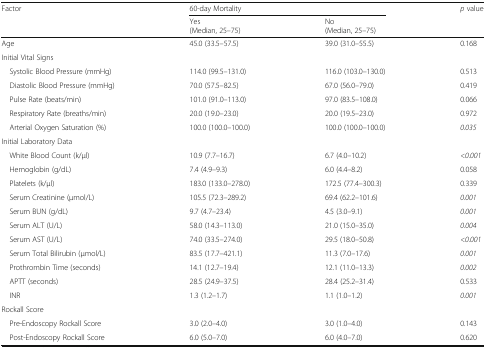
<table><thead><tr><td rowspan="2"><b>Factor</b></td><td colspan="2"><b>60-day Mortality</b></td><td rowspan="2"><b><i>p</i> value</b></td></tr><tr><td><b>Yes(Median, 25–75)</b></td><td><b>No(Median, 25–75)</b></td></tr></thead><tbody><tr><td>Age</td><td>45.0 (33.5–57.5)</td><td>39.0 (31.0–55.5)</td><td>0.168</td></tr><tr><td colspan="4">Initial Vital Signs</td></tr><tr><td> Systolic Blood Pressure (mmHg)</td><td>114.0 (99.5–131.0)</td><td>116.0 (103.0–130.0)</td><td>0.513</td></tr><tr><td> Diastolic Blood Pressure (mmHg)</td><td>70.0 (57.5–82.5)</td><td>67.0 (56.0–79.0)</td><td>0.419</td></tr><tr><td> Pulse Rate (beats/min)</td><td>101.0 (91.0–113.0)</td><td>97.0 (83.5–108.0)</td><td>0.066</td></tr><tr><td> Respiratory Rate (breaths/min)</td><td>20.0 (19.0–23.0)</td><td>20.0 (19.5–23.0)</td><td>0.972</td></tr><tr><td> Arterial Oxygen Saturation (%)</td><td>100.0 (100.0–100.0)</td><td>100.0 (100.0–100.0)</td><td><i>0.035</i></td></tr><tr><td colspan="4">Initial Laboratory Data</td></tr><tr><td> White Blood Count (k/μl)</td><td>10.9 (7.7–16.7)</td><td>6.7 (4.0–10.2)</td><td><i>&lt;0.001</i></td></tr><tr><td> Hemoglobin (g/dL)</td><td>7.4 (4.9–9.3)</td><td>6.0 (4.4–8.2)</td><td>0.058</td></tr><tr><td> Platelets (k/μl)</td><td>183.0 (133.0–278.0)</td><td>172.5 (77.4–300.3)</td><td>0.339</td></tr><tr><td> Serum Creatinine (μmol/L)</td><td>105.5 (72.3–289.2)</td><td>69.4 (62.2–101.6)</td><td><i>0.001</i></td></tr><tr><td> Serum BUN (g/dL)</td><td>9.7 (4.7–23.4)</td><td>4.5 (3.0–9.1)</td><td><i>0.001</i></td></tr><tr><td> Serum ALT (U/L)</td><td>58.0 (14.3–113.0)</td><td>21.0 (15.0–35.0)</td><td><i>0.004</i></td></tr><tr><td> Serum AST (U/L)</td><td>74.0 (33.5–274.0)</td><td>29.5 (18.0–50.8)</td><td><i>&lt;0.001</i></td></tr><tr><td> Serum Total Bilirubin (μmol/L)</td><td>83.5 (17.7–421.1)</td><td>11.3 (7.0–17.6)</td><td><i>0.001</i></td></tr><tr><td> Prothrombin Time (seconds)</td><td>14.1 (12.7–19.4)</td><td>12.1 (11.0–13.3)</td><td><i>0.002</i></td></tr><tr><td> APTT (seconds)</td><td>28.5 (24.9–37.5)</td><td>28.4 (25.2–31.4)</td><td>0.533</td></tr><tr><td> INR</td><td>1.3 (1.2–1.7)</td><td>1.1 (1.0–1.2)</td><td><i>0.001</i></td></tr><tr><td colspan="4">Rockall Score</td></tr><tr><td> Pre-Endoscopy Rockall Score</td><td>3.0 (2.0–4.0)</td><td>3.0 (1.0–4.0)</td><td>0.143</td></tr><tr><td> Post-Endoscopy Rockall Score</td><td>6.0 (5.0–7.0)</td><td>6.0 (4.0–7.0)</td><td>0.620</td></tr></tbody></table>